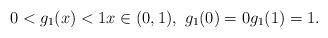
LaTeX: \begin{align*}0< g_{1}(x)< 1 x\in(0,1), \ g_{1}(0)=0g_{1}(1)=1.\end{align*}